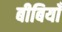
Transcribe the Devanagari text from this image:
बीबियाँ